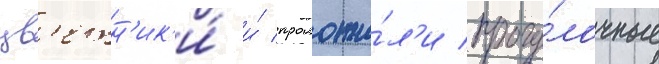
цв'етн'ик'и́ и́ проложи́л'и прогу́лочные